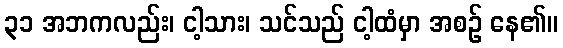
၃၁ အဘကလည်း၊ ငါ့သား၊ သင်သည် ငါ့ထံမှာ အစဉ် နေ၏။